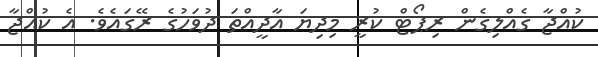
ކުއްޖާ ގެއްލިގެން ރިޕޯޓް ކުރީ މިދިޔަ އާދީއްތަ ދުވަހުގެ ރޭގައެވެ. އެ ކުއްޖާ